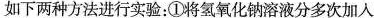
如下两种方法进行实验：①将氢氧化钠溶液分多次加入